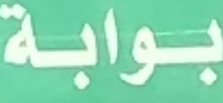
بوابة